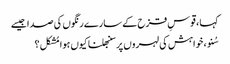
کہا ، قوسِ قزح کے سارے رنگوں کی صدا جیسے
سُنو ، خواہش کی لہروں پر سنبھلنا کیوں ہوا مُشکل ؟